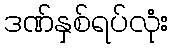
ဒဏ်နှစ်ရပ်လုံး